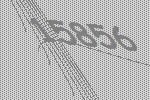
15856